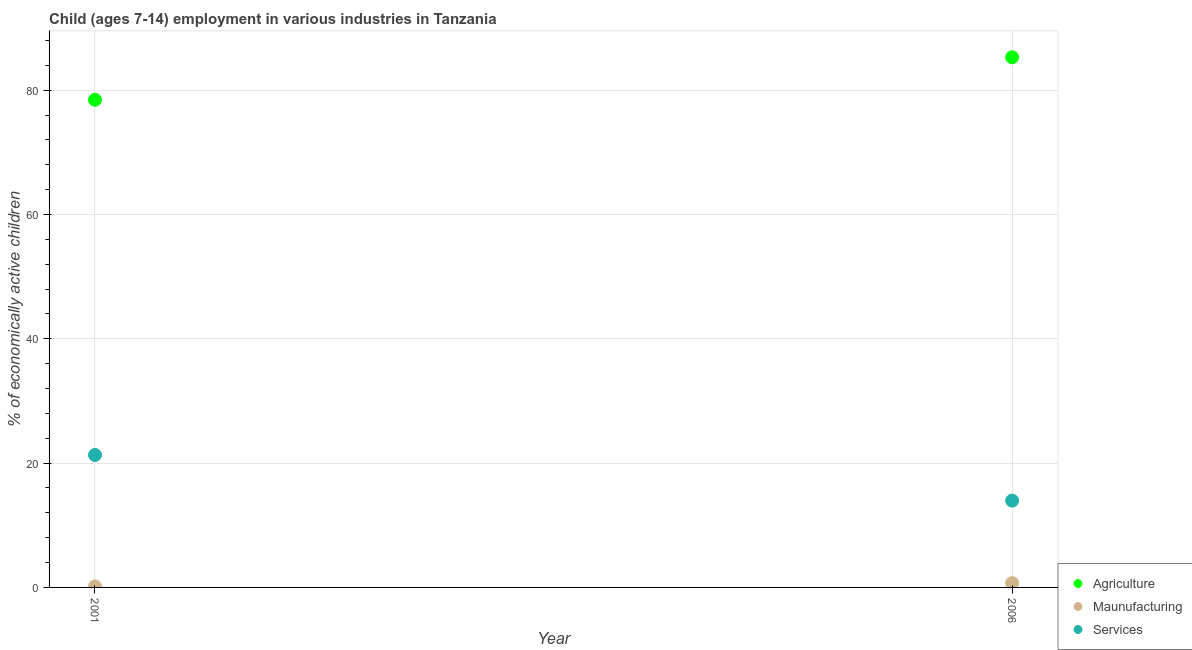
| Year | Agriculture | Maunufacturing | Services |
 | --- | --- | --- | --- |
 | 2001 | 78.5 | 0.154 | 21.3 |
 | 2006 | 85.3 | 0.69 | 14 |